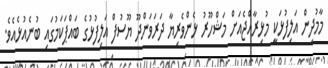
މާމުދިން އަލިފުޅަކީ މުޅިރާއްޖެއަށް މަޝްހޫރު ޅެންވެރިޔާ ދަރަވަންދޫ ޔޫސުފް އަލިފުޅުގެ ބައްޕަކަމުގައި ބުނެއުޅެއެވެ.